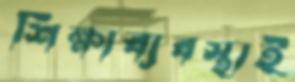
শিক্ষাব্যবস্থাই